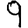
Digit: 9